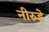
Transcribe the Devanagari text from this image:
नीरुड़े